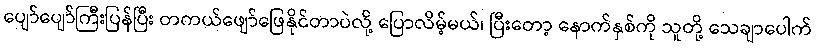
ပျော်ပျော်ကြီးပြန်ပြီး တကယ်ဖျော်ဖြေနိုင်တာပဲလို့ ပြောလိမ့်မယ်၊ ပြီးတော့ နောက်နှစ်ကို သူတို့ သေချာပေါက်